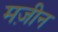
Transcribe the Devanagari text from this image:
मज़ीन